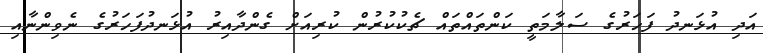
އަދި އުޅަނދު ފަހަރުގެ ސަލާމަތީ ކަންތައްތައް ޗެކުކުރުން ކުރިއަށް ގެންދާއިރު އުޅަނދުފަހަރުގެ ނެވިންނާއި